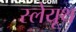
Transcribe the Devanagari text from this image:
स्लेयूथ